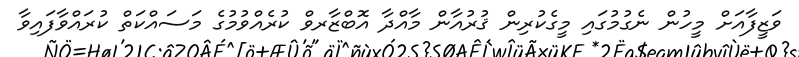
ވަޒީފާއަށް މީހުން ނެގުމުގައި މީގެކުރިން ޤުރުއާން މާއްދާ އޮބްޒާރވް ކުރެއްވުމުގެ މަސައްކަތް ކުރައްވާފައިވާ